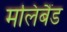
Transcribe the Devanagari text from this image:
मलिबैंड